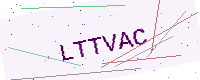
Text: LTTVAC